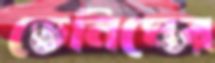
ডেনিমের